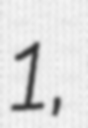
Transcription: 1,